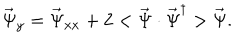
\vec { \Psi } _ { y } = \vec { \Psi } _ { x x } + 2 < \vec { \Psi } \cdot \vec { \Psi } ^ { \dagger } > \vec { \Psi } .